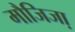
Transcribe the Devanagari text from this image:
मौजिजा़